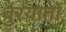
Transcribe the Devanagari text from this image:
बुरयातों